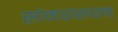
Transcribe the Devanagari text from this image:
सोमशेखरन्